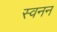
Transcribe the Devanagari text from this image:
स्वनन